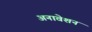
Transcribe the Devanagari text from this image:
अनावेशन